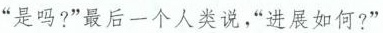
“是吗?”最后一个人类说，“进展如何?”